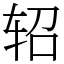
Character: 轺